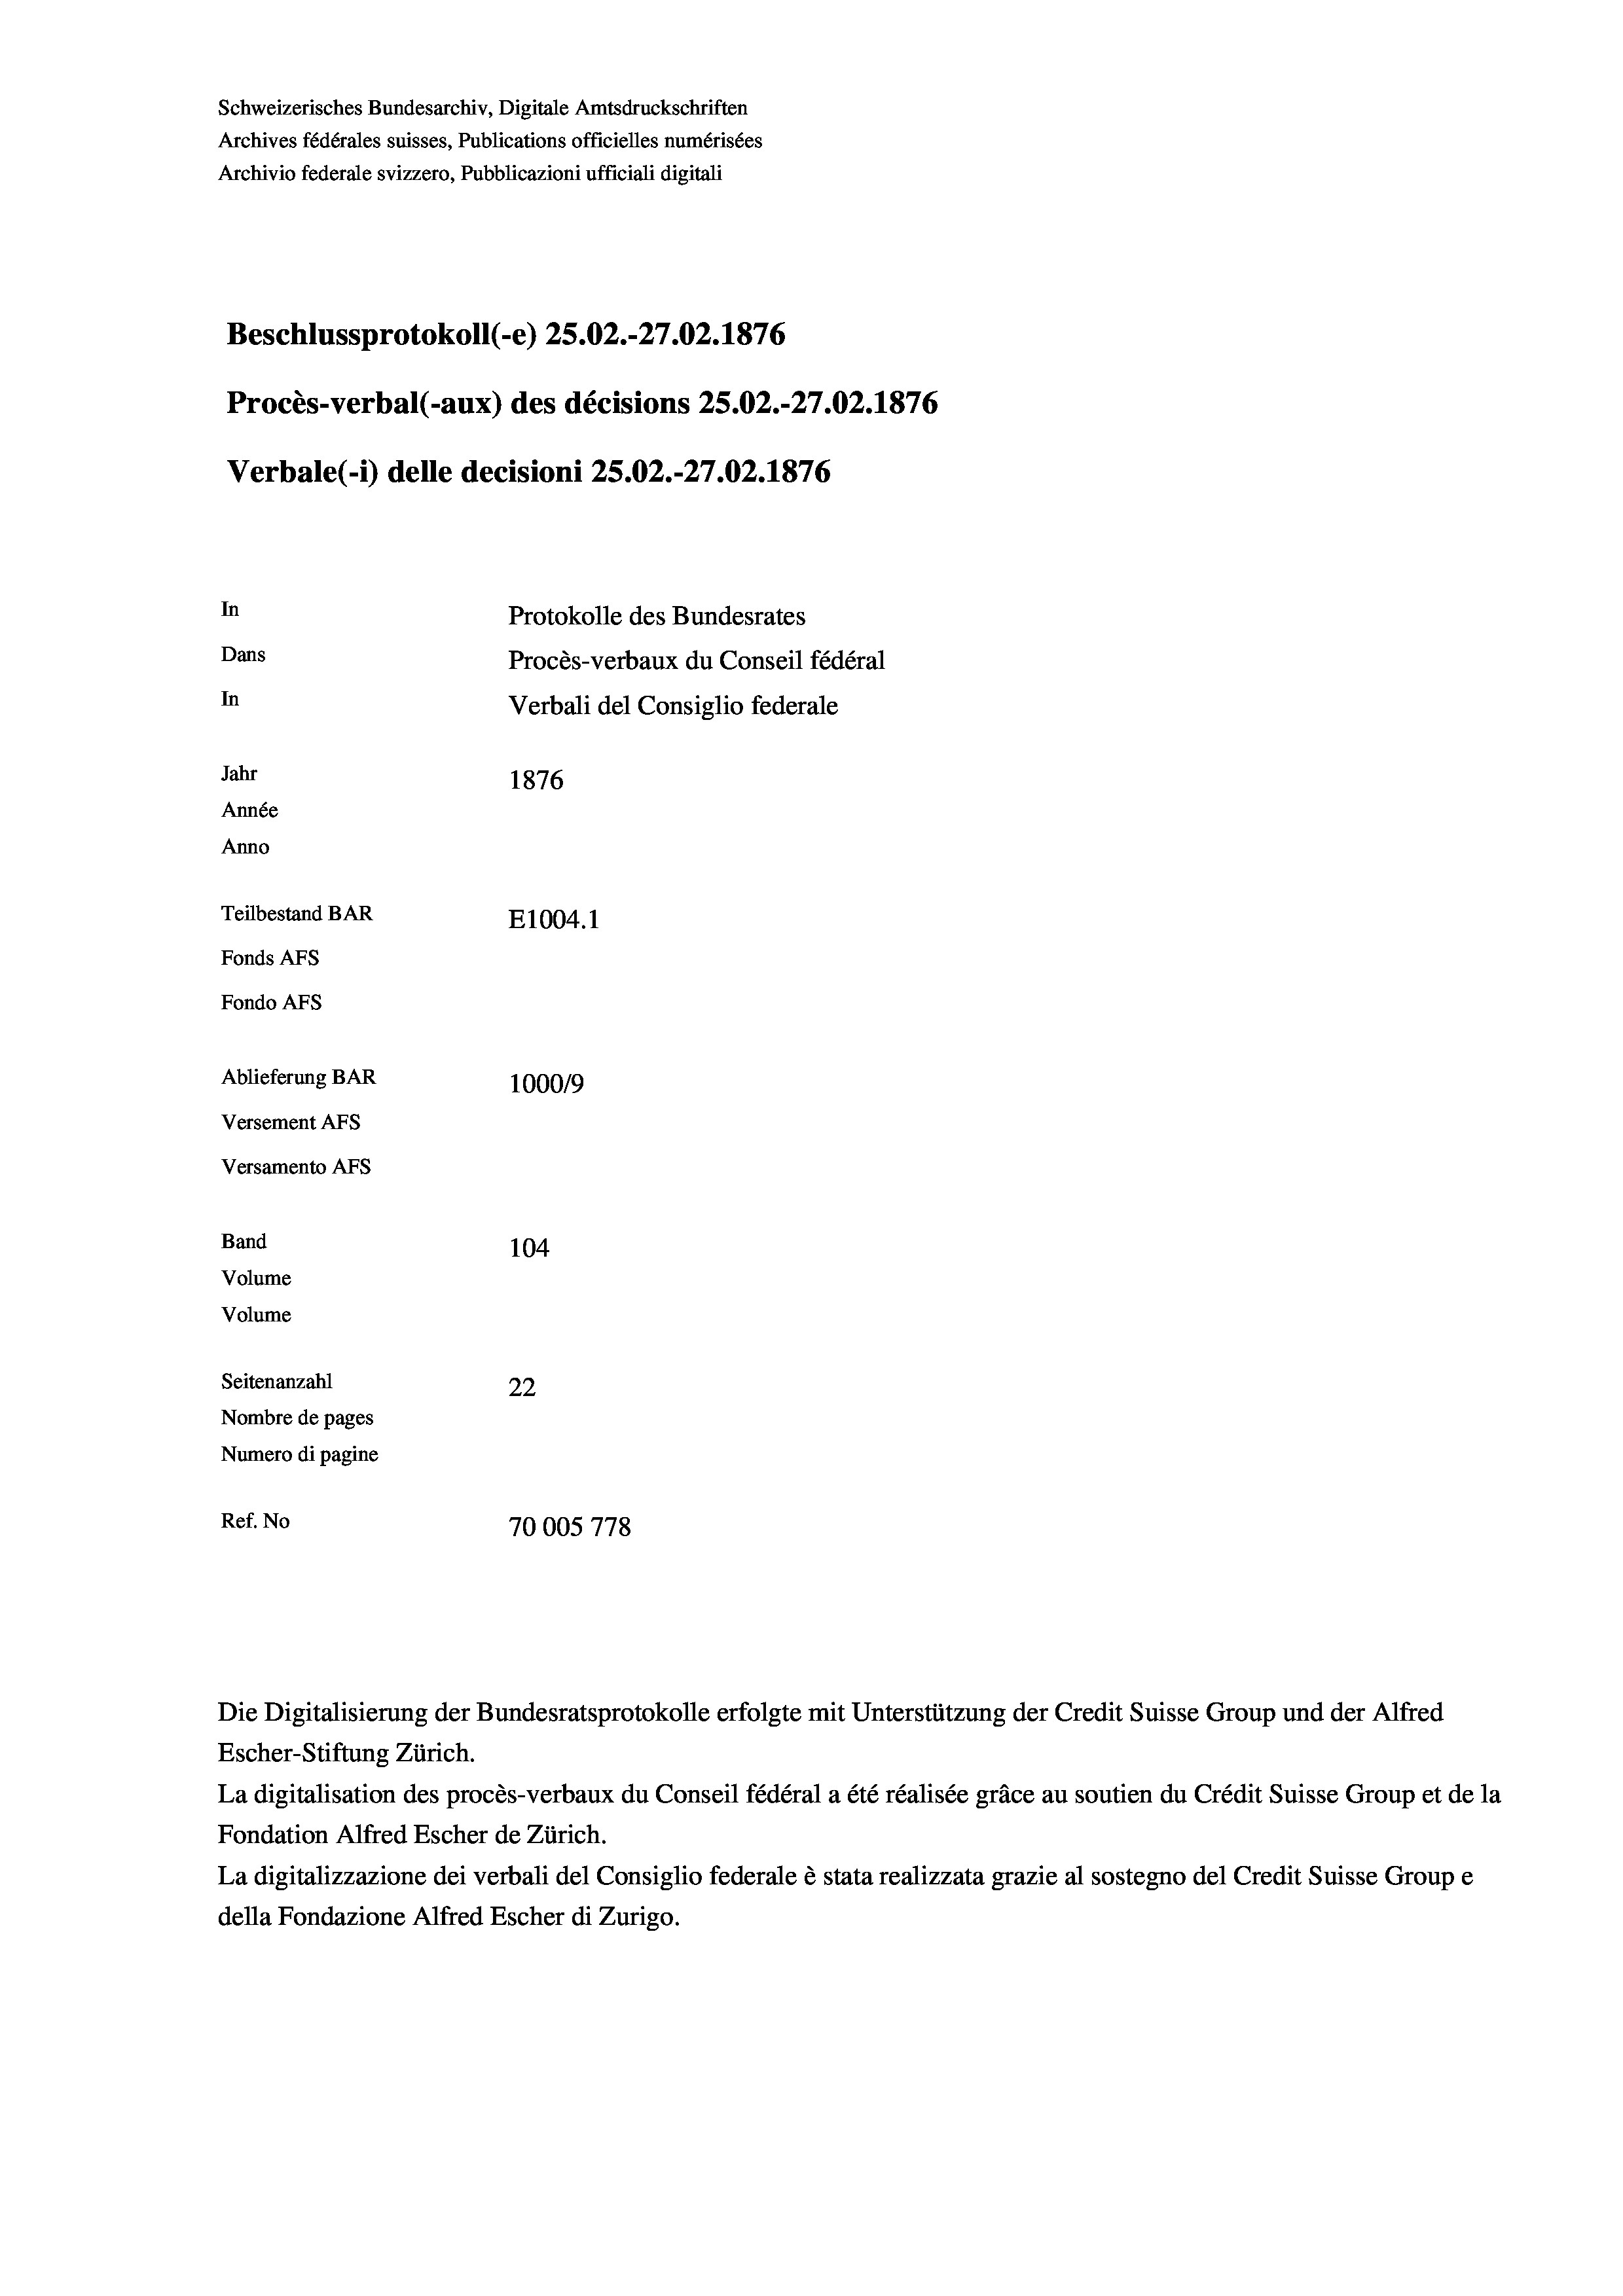
Beschlussprotokoll (-e) 25.02.-27.02. 1876
Procès-verbal (-aux) des décisions 25.02.-27.02. 1876
In
Protokolle des Bundesrates
Dans
Procès-verbaux du Conseil fédéral
In
Verbali del Consiglio federale
Jahr
1876
Année
Anno
Teilbestand BAR
E1004.1
Fonds AFs
Fondo Afs

Ablieferung BAR
Versement AFs
Versamento Afs
Band
Volume
Volume

Schweizerisches Bundesarchiv, Digitale Amtsdruckschriften
Archives fédérales suisses, Publications officielles numérisées
Archivio federale svizzero, Pubblicazioni ufficiali digitali

Verbale (1) delle decisioni 25.02.-27.02. 1876

104
Seitenanzahl
22
Nombre de pages
Numero di pagine
770
Ref. No
70005 778

100019

Escher-Stiftung Zürich.
La digitalisation des procès-verbaux du Conseil fédéral a été réalisée gräce au soutien du Crédit Suisse Group et de la
Fondation Alfred Escher de Zürich.
La digitalizzazione dei verbali del Consiglio federale è stata realizzata grazie al sostegno del Credit Suisse Groupe
della Fondazione Alfred Escher di Zurigo.

Die Digitalisierung der Bundesratsprotokolle erfolgte mit Unterstützung der Credit Suisse Group und der Alfred